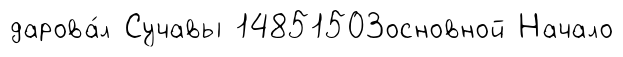
дарова́л Сучавы 14851503основной Начало